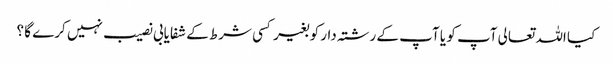
کیا اللہ تعالی آپ کو یا آپ کے رشتہ دار کو بغیر کسی شرط کے شفایابی نصیب نہیں کرے گا ؟